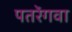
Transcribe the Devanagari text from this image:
पतरेंगवा